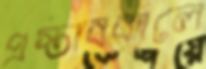
প্রস্তাবকালে